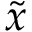
\tilde { x }